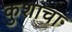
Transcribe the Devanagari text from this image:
कुशाचा